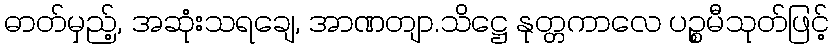
ဓာတ်မှည့်, အဆုံးသရချေ, အာဏတျာ.သိဋ္ဌေ နုတ္တကာလေ ပဉ္စမီသုတ်ဖြင့်